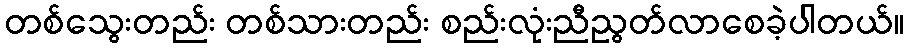
တစ်သွေးတည်း တစ်သားတည်း စည်းလုံးညီညွတ်လာစေခဲ့ပါတယ်။